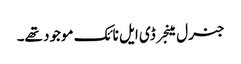
جنرل مینجر ڈی ایل نائک موجود تھے۔